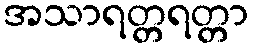
အသာရတ္တရတ္တာ